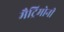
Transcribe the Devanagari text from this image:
मैट्रिमोनी